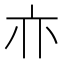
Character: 𰁜